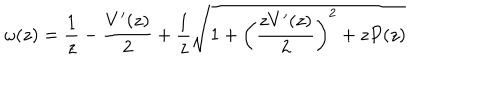
\omega ( z ) = \frac { 1 } { z } - \frac { V ^ { \prime } ( z ) } { 2 } + \frac { 1 } { z } \sqrt { 1 + \left( \frac { z V ^ { \prime } ( z ) } { 2 } \right) ^ { 2 } + z P ( z ) }